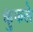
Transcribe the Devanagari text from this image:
कुंकले